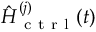
\hat { H } _ { \mathrm { ~ c ~ t ~ r ~ l ~ } } ^ { ( j ) } ( t )